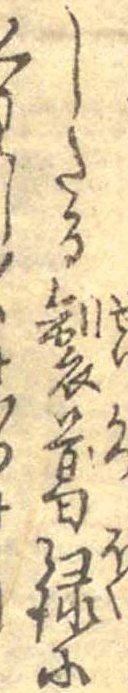
したる製葛録にくわし